Report of veterinary surgeon J.H. Steel, A.V.D., on his investigation into an obscure and fatal disease among transport mules in British Burma
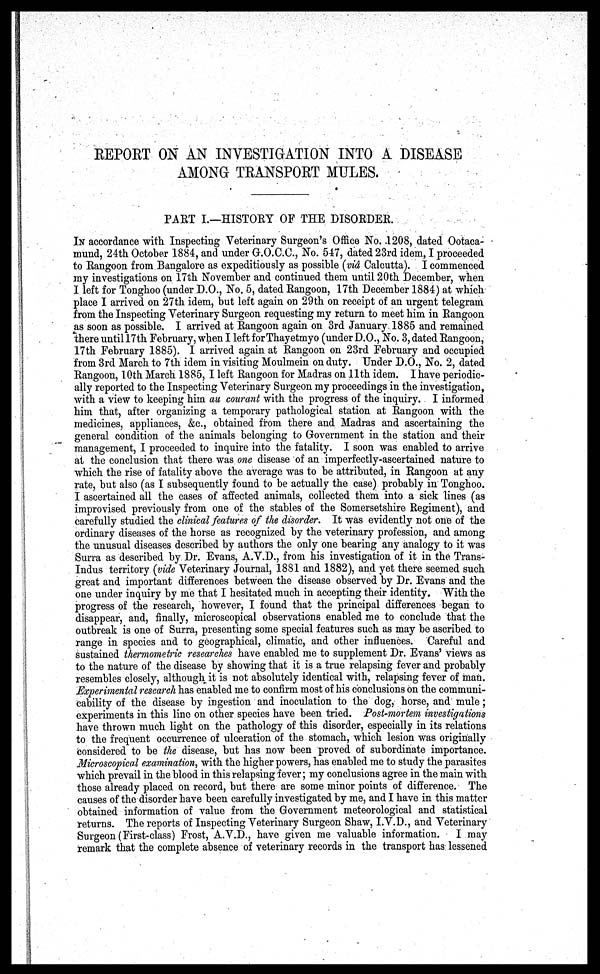
REPORT ON AN INVESTIGATION INTO A DISEASE
AMONG TRANSPORT MULES.
PART I.—HISTORY OF THE DISORDER
IN accordance with Inspecting Veterinary Surgeon's Office No. .1208, dated Ootaca-
mund, 24th October 1884, and under G.O.C.C, No. 547, dated 23rd idem, I proceeded
to Rangoon from Bangalore as expeditiously as possible (vid Calcutta). I commenced
my investigations on 17th November and continued them until 20th December, when
I left for Tonghoo (under D.O., No. 5, dated Rangoon, 17th December 1884) at which
place I arrived on 27th idem, but left again on 29th on receipt of an urgent telegram
from the Inspecting Veterinary Surgeon requesting my return to meet him in Rangoon
as soon as possible. I arrived at Rangoon again on 3rd January 1885 and remained
there until 17th February, when I left forThayetmyo (under D.O., No. 3, dated Rangoon,
17th February 1885). I arrived again at Rangoon on 23rd February and occupied
from 3rd March to 7th idem in visiting Moulmein on duty. Under D.O., No. 2, dated
Rangoon, 10th March 1885, I left Rangoon for Madras on 11th idem. I have periodic-
ally reported to the Inspecting Veterinary Surgeon my proceedings in the investigation,
with a view to keeping him au courant with the progress of the inquiry. I informed
him that, after organizing a temporary pathological station at Rangoon with the
medicines, appliances, &c, obtained from there and Madras and ascertaining the
general condition of the animals belonging to Government in the station and their
management, I proceeded to inquire into the fatality. I soon was enabled to arrive
at the conclusion that there was one disease of an imperfectly-ascertained nature to
which the rise of fatality above the average was to be attributed, in Rangoon at any
rate, but also (as I subsequently found to be actually the case) probably in Tonghoo.
I ascertained all the cases of affected animals, collected them into a sick lines (as
improvised previously from one of the stables of the Somersetshire Regiment), and
carefully studied the clinical features of the disorder. It was evidently not one of the
ordinary diseases of the horse as recognized by the veterinary profession, and among
the unusual diseases described by authors the only one bearing any analogy to it was
Surra as described by Dr. Evans, A.V.D., from his investigation of it in the Trans-
Indus territory (vide Veterinary Journal, 1881 and 1882), and yet there seemed such
great and important differences between the disease observed by Dr. Evans and the
one under inquiry by me that I hesitated much in accepting their identity. With the
progress of the research, however, I found that the principal differences began to
disappear, and, finally, microscopical observations enabled me to conclude that the
outbreak is one of Surra, presenting some special features such as may be ascribed to
range in species and to geographical, climatic, and other influences. Careful and
sustained thermometric researches have enabled me to supplement Dr. Evans' views as
to the nature of the disease by showing that it is a true relapsing fever and probably
resembles closely, although it is not absolutely identical with, relapsing fever of man.
Experimental research has enabled me to confirm most of his conclusions on the communi-
cability of the disease by ingestion and inoculation to the dog, horse, and mule;
experiments in this line on other species have been tried. Post-mortem investigations
have thrown much light on the pathology of this disorder, especially in its relations
to the frequent occurrence of ulceration of the stomach, which lesion was originally
considered to be the disease, but has now been proved of subordinate importance.
Microscopical examination, with the higher powers, has enabled me to study the parasites
which prevail in the blood in this relapsing fever; my conclusions agree in the main with
those already placed on record, but there are some minor points of difference. The
causes of the disorder have been carefully investigated by me, and I have in this matter
obtained information of value from the Government meteorological and statistical
returns. The reports of Inspecting Veterinary Surgeon Shaw, I.V.D., and Veterinary
Surgeon (First-class) Frost, A.V.D., have given me valuable information. I may
remark that the complete absence of veterinary records in the transport has lessened